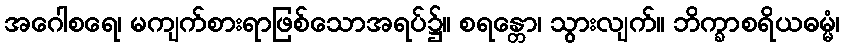
အဂေါစရေ၊ မကျက်စားရာဖြစ်သောအရပ်၌။ စရန္တော၊ သွားလျက်။ ဘိက္ခာစရိယဓမ္မံ၊